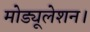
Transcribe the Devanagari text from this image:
मोड्यूलेशन।